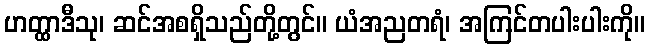
ဟတ္ထာဒီသု၊ ဆင်အစရှိသည်တို့တွင်။ ယံအညတရံ၊ အကြင်တပါးပါးကို။